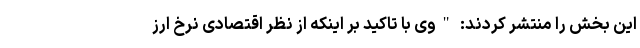
این بخش را منتشر کردند: "وی با تاکید بر اینکه از نظر اقتصادی نرخ ارز